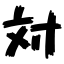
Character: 対